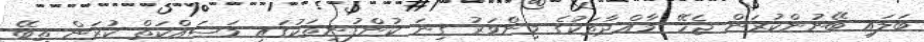
ބަލައި ބޭނުންކުރަން ޖެހޭ މާއްދާތަކުގެ މިންވަރު ގިނަ ކުންފުނިތަކުގައި މަސައްކަތް ކުރަން ތިބޭ